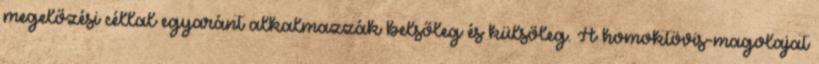
megelőzési céllal egyaránt alkalmazzák belsőleg és külsőleg. A homoktövis-magolajat